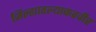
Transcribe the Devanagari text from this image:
जिल्ह्यातल्याकरवीर